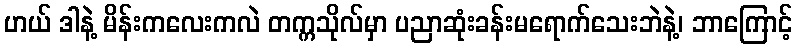
ဟယ် ဒါနဲ့ မိန်းကလေးကလဲ တက္ကသိုလ်မှာ ပညာဆုံးခန်းမရောက်သေးဘဲနဲ့၊ ဘာကြောင့်